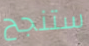
ستنجح